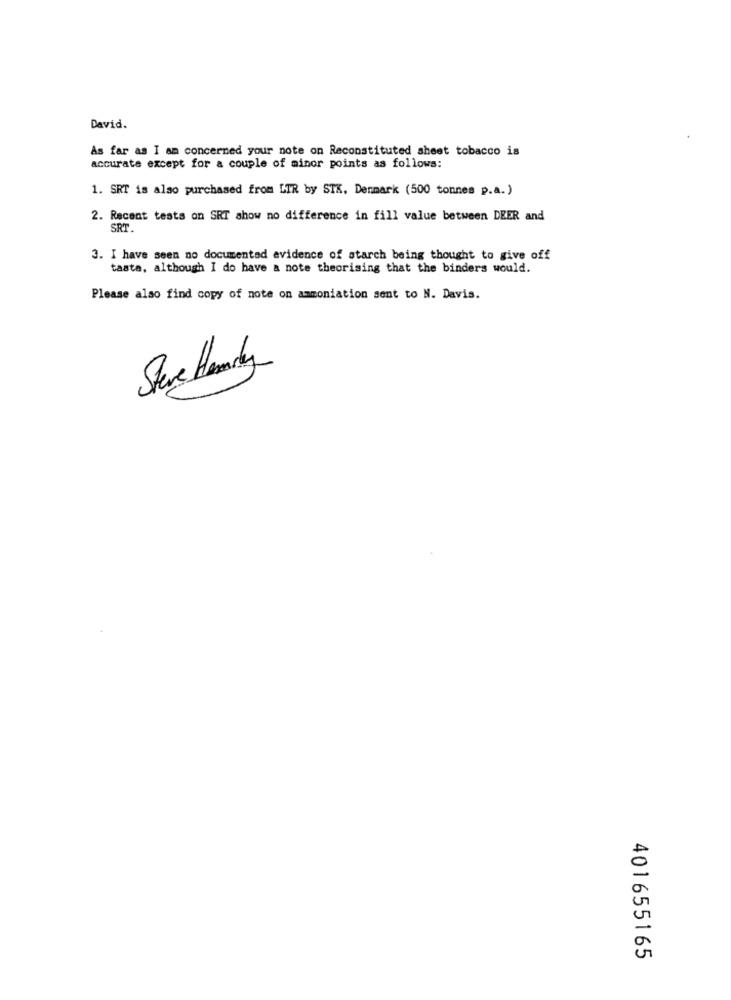
David.
As far as I am concerned your note on Reconstituted sheet tobacco is
accurate except for a couple of minor points as follows:
1. SRT is also purchased from LTR by STK. Denmark (500 tonnes p.a.)
2. Recent tests on SRT show no difference in fill value between DEER and
SRT.
3. I have seen no documented evidence of starch being thought to give off
taste, although I do have a note theorising that the binders would.
Please also find copy of note on ammoniation sent to N. Davis.
Steve Harly
401655165